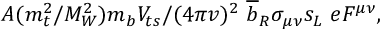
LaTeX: A ( m _ { t } ^ { 2 } / M _ { W } ^ { 2 } ) m _ { b } V _ { t s } / ( 4 \pi v ) ^ { 2 } ~ \overline { { { b } } } _ { R } \sigma _ { \mu \nu } s _ { L } ~ e F ^ { \mu \nu } ,